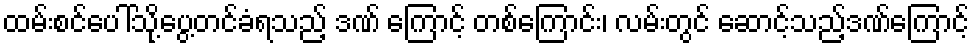
ထမ်းစင်ပေါ်သို့ပွေ့တင်ခံရသည့် ဒဏ် ကြောင့် တစ်ကြောင်း၊ လမ်းတွင် ဆောင့်သည့်ဒဏ်ကြောင့်